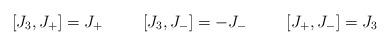
LaTeX: \begin{align*}[J_3,J_+] = J_+ \hspace{1cm} [J_3,J_-] = -J_{-} \hspace{1cm}[J_+,J_{-}] = J_3\end{align*}